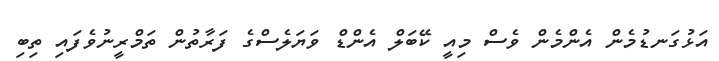
އަޅުގަނޑުމެން އެންމެން ވެސް މިއީ ކޭބަލް އެންޑް ވަޔަލެސްގެ ފަރާތުން ތަމްރީނުވެފައި ތިބި